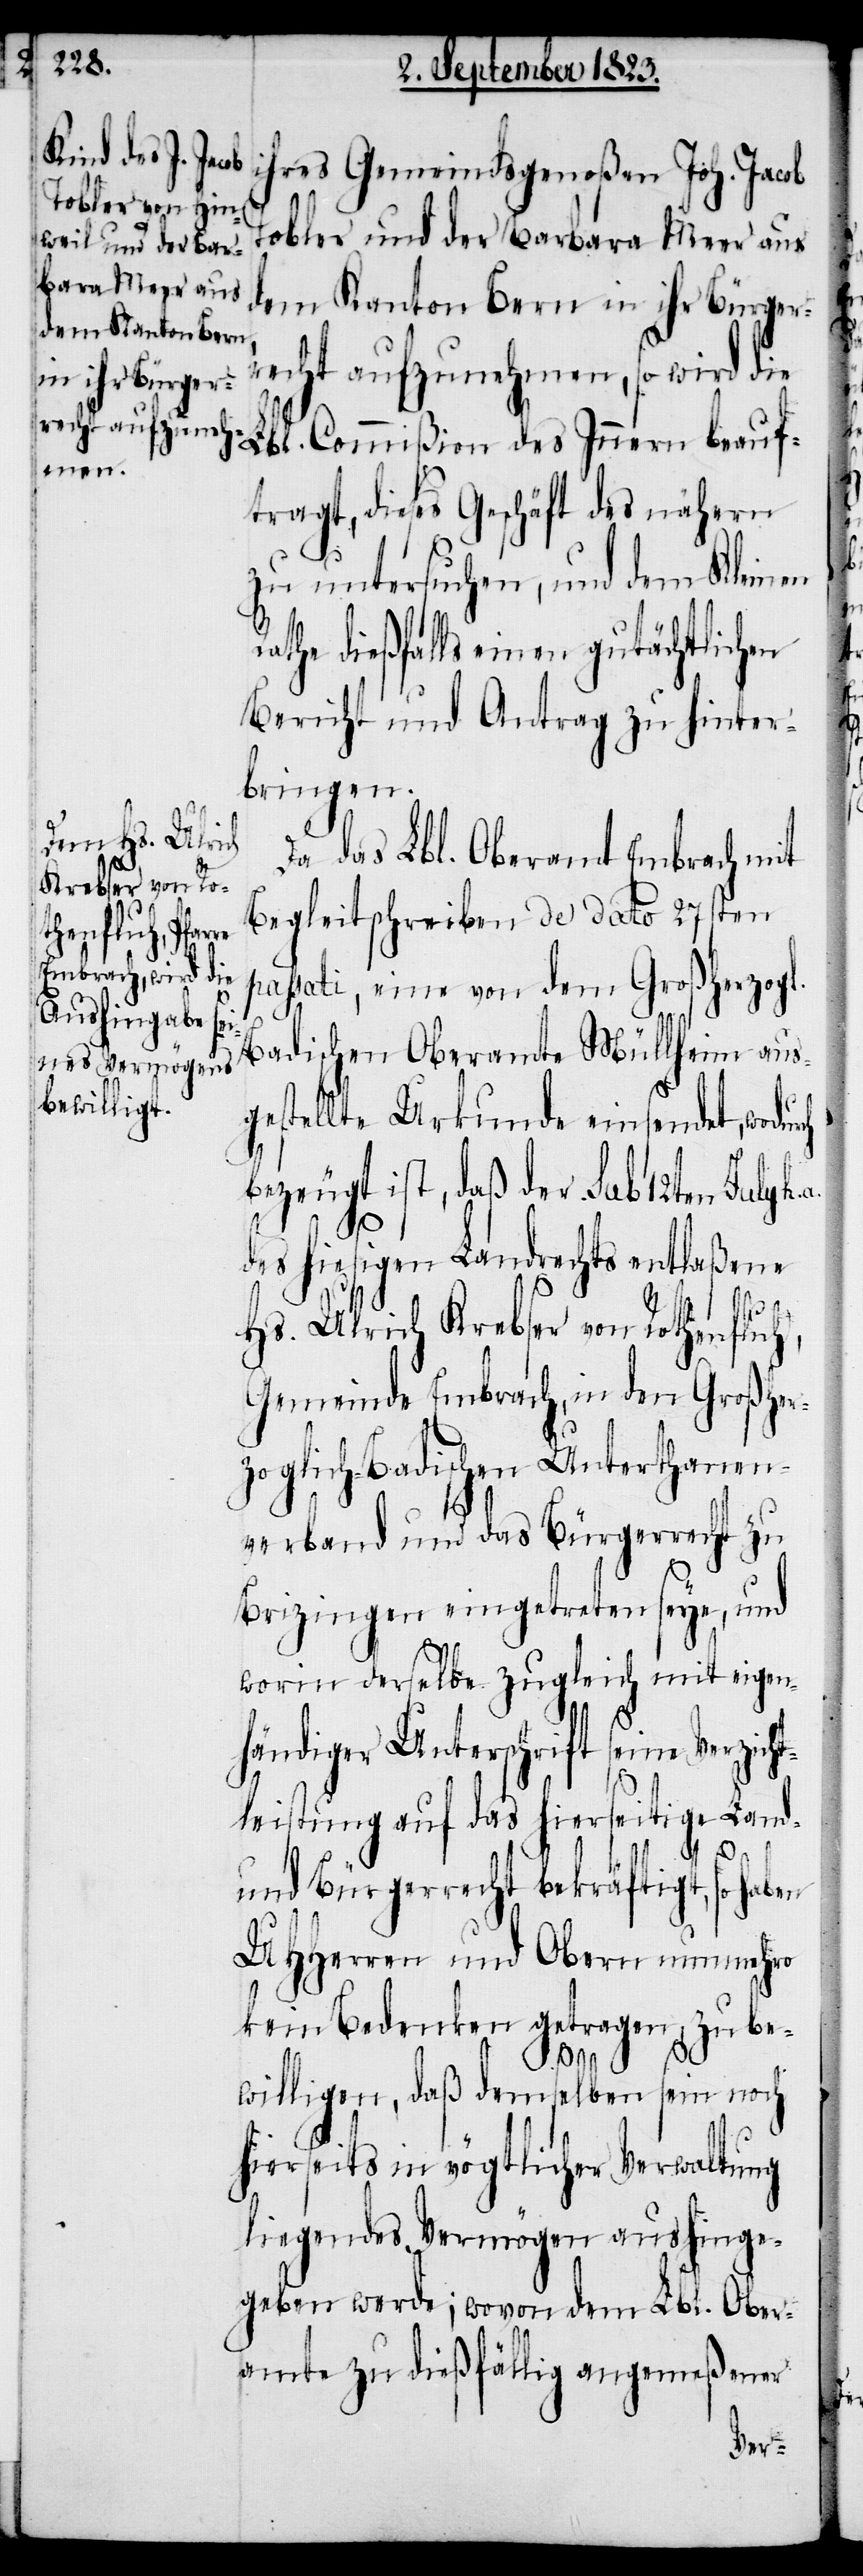
en

ihres Gemeindsgenoßen Joh. Jacob
Tobler und der Barbara Meer aus
dem Kanton Bern in ihr Bürger¬
recht aufzunehmen, so wird die
Lbl. Commißion des Innern beauf¬
tragt, dieses Geschäft des nähern
zu untersuchen, und dem Kleinen
athe dießfalls einen gutächtlichen
Bericht und Antrag zu hinter¬
bringen.
Da das Lbl. Oberamt Embrach mit
Begleitschreiben de dato 27sten
passati, eine von dem Großherzogl.
Badischen Oberamte Müllheim aus¬
gestellte Urkunde einsendet,
bezeugt ist, daß der sub 12ten July h.
des hiesigen Landrechts entlaßene
zicht¬
Hs. Ulrich Krebser von Rothenfluh,
Gemeinde Embrach, in den Großher¬
zoglich-Badischen Unterthanen¬
verband und das Bürgerrecht zu
Brizingen eingetreten seye, und
worin derselbe zugleich mit eigen¬
händiger Unterschrift seine Ver¬
leistung auf das hierseitige Land-
R¬
und Bürgerrecht bekräftigt, so hab¬
UHHerren und Obern nunmehr
kein Bedenken getragen, zu be¬
willigen, daß demselben sein noch
hierseits in vögtlicher Verwaltung
liegendes Vermögen aushinge¬
geben werde; wovon dem Lbl. Ober¬
amte zu dießfällig angemeßener